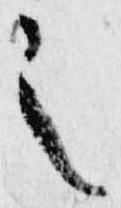
之